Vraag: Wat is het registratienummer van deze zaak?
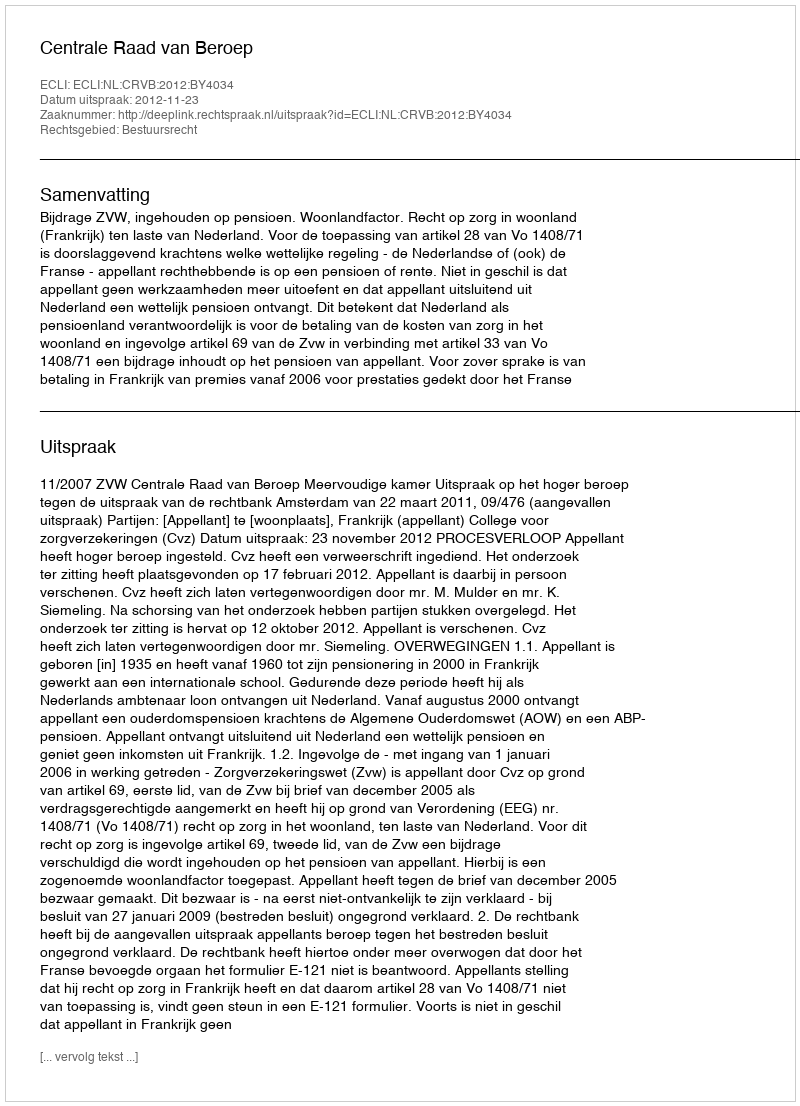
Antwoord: http://deeplink.rechtspraak.nl/uitspraak?id=ECLI:NL:CRVB:2012:BY4034